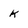
Character: k